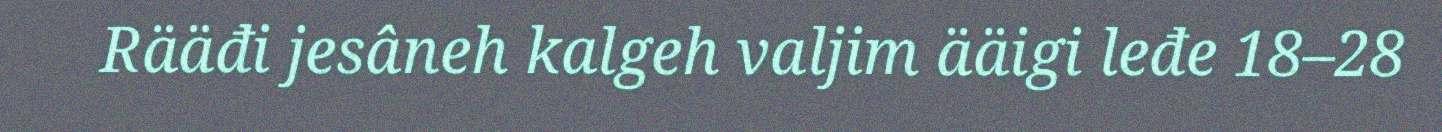
Rääđi jesâneh kalgeh valjim ääigi leđe 18–28